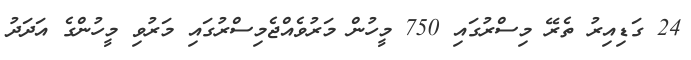
24 ގަޑިއިރު ތެރޭ މިސްރުގައި 750 މީހުން މަރުވެއްޖެމިސްރުގައި މަރުވި މީހުންގެ އަދަދު